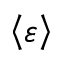
\left\langle \varepsilon \right\rangle